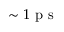
\sim 1 \mathrm { ~ p ~ s ~ }